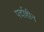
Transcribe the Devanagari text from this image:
पर्दाहीन